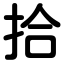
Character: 拾